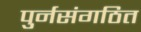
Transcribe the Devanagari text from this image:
पुर्नसंगठित